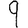
Digit: 9